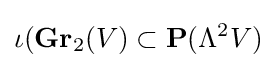
\iota (\mathbf {Gr} _{2}(V)\subset \mathbf {P} (\Lambda ^{2}V)